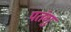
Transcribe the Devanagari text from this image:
पतंगु